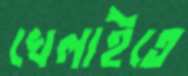
খেলাইতে